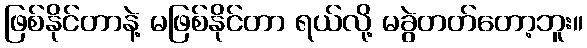
ဖြစ်နိုင်တာနဲ့ မဖြစ်နိုင်တာ ရယ်လို့ မခွဲတတ်တော့ဘူး။